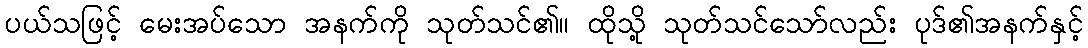
ပယ်သဖြင့် မေးအပ်သော အနက်ကို သုတ်သင်၏။ ထိုသို့ သုတ်သင်သော်လည်း ပုဒ်၏အနက်နှင့်